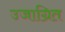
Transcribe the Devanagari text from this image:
उजाग्रित